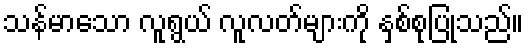
သန်မာသော လူရွယ် လူလတ်များကို နှစ်စုပြုသည်။